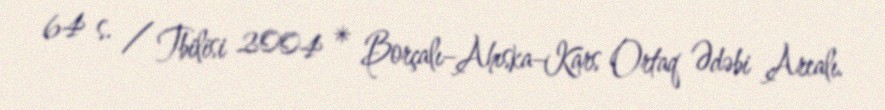
64 s. / Tbilisi 2004 * Borçalı–Ahıska–Kars Ortaq Ədəbi Arealı.